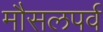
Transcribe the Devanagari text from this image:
मौसलपर्व